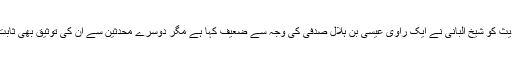
اس حدیث کو شیخ البانی نے ایک راوی عیسی بن ہلال صدفی کی وجہ سے ضعیف کہا ہے مگر دوسرے محدثین سے ان کی توثیق بھی ثابت ہے ۔